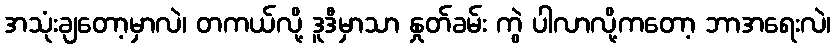
အသုံးချတော့မှာလဲ၊ တကယ်လို့ ဒူဒီမှာသာ နှုတ်ခမ်း ကွဲ ပါလာလို့ကတော့ ဘာအရေးလဲ၊